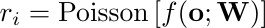
\begin{equation*}
    r_i=\mathrm{Poisson}\left[f(\mathbf{o}; \mathbf{W})\right]
\end{equation*}